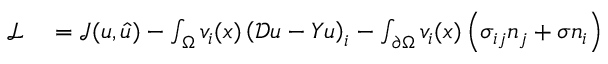
\begin{array} { r l } { \mathcal { L } } & { { } = \mathcal { J } ( u , \hat { u } ) - \int _ { \Omega } v _ { i } ( x ) \left( \mathcal { D } u - Y u \right) _ { i } - \int _ { \partial \Omega } v _ { i } ( x ) \left( \sigma _ { i j } n _ { j } + \sigma n _ { i } \right) } \end{array}